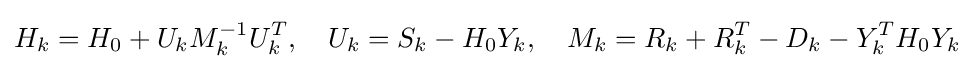
H_{k}=H_{0}+U_{k}M_{k}^{-1}U_{k}^{T},\quad U_{k}=S_{k}-H_{0}Y_{k},\quad M_{k}=R_{k}+R_{k}^{T}-D_{k}-Y_{k}^{T}H_{0}Y_{k}